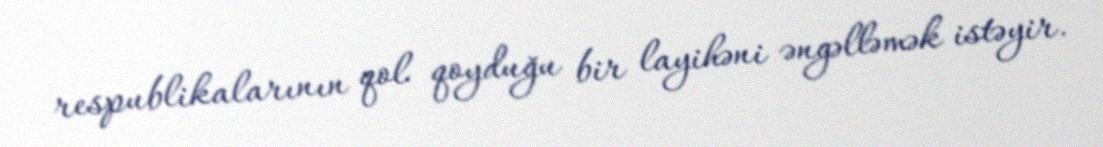
respublikalarının qol qoyduğu bir layihəni əngəlləmək istəyir.